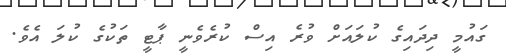
ގައުމީ ދިދައިގެ ކުލައަށް ވުރެ އިސް ކުރެވެނީ ޕާޓީ ތަކުގެ ކުލަ އެވެ.